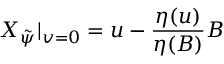
X _ { \tilde { \psi } } | _ { v = 0 } = u - \frac { \eta ( u ) } { \eta ( B ) } B